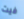
فيت